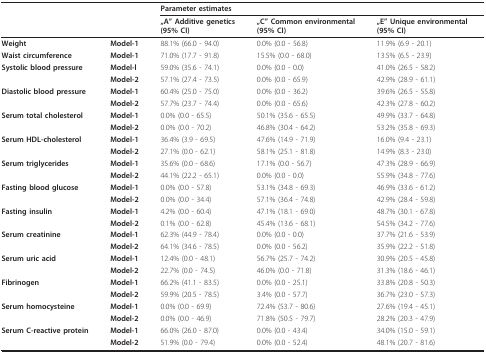
<table><thead><tr><td></td><td></td><td colspan="3"><b>Parameter estimates</b></td></tr><tr><td></td><td></td><td><b>„A&quot; Additive genetics(95% CI)</b></td><td><b>„C&quot; Common environmental(95% CI)</b></td><td><b>„E&quot; Unique environmental(95% CI)</b></td></tr></thead><tbody><tr><td><b>Weight</b></td><td><b>Model-1</b></td><td>88.1% (66.0 - 94.0)</td><td>0.0% (0.0 - 56.8)</td><td>11.9% (6.9 - 20.1)</td></tr><tr><td><b>Waist circumference</b></td><td><b>Model-1</b></td><td>71.0% (17.7 - 91.8)</td><td>15.5% (0.0 - 68.0)</td><td>13.5% (6.5 - 23.9)</td></tr><tr><td><b>Systolic blood pressure</b></td><td><b>Model-l</b></td><td>59.0% (35.6 - 74.1)</td><td>0.0% (0.0 - 0.0)</td><td>41.0% (26.5 - 58.2)</td></tr><tr><td></td><td><b>Model-2</b></td><td>57.1% (27.4 - 73.5)</td><td>0.0% (0.0 - 65.9)</td><td>42.9% (28.9 - 61.1)</td></tr><tr><td><b>Diastolic blood pressure</b></td><td><b>Model-1</b></td><td>60.4% (25.0 - 75.0)</td><td>0.0% (0.0 - 36.2)</td><td>39.6% (26.5 - 55.8)</td></tr><tr><td></td><td><b>Model-2</b></td><td>57.7% (23.7 - 74.4)</td><td>0.0% (0.0 - 65.6)</td><td>42.3% (27.8 - 60.2)</td></tr><tr><td><b>Serum total cholesterol</b></td><td><b>Model-1</b></td><td>0.0% (0.0 - 65.5)</td><td>50.1% (35.6 - 65.5)</td><td>49.9% (33.7 - 64.8)</td></tr><tr><td></td><td><b>Model-2</b></td><td>0.0% (0.0 - 70.2)</td><td>46.8% (30.4 - 64.2)</td><td>53.2% (35.8 - 69.3)</td></tr><tr><td><b>Serum HDL-cholesterol</b></td><td><b>Model-1</b></td><td>36.4% (3.9 - 69.5)</td><td>47.6% (14.9 - 71.9)</td><td>16.0% (9.4 - 23.1)</td></tr><tr><td></td><td><b>Model-2</b></td><td>27.1% (0.0 - 62.1)</td><td>58.1% (25.1 - 81.8)</td><td>14.9% (8.3 - 23.0)</td></tr><tr><td><b>Serum triglycerides</b></td><td><b>Model-1</b></td><td>35.6% (0.0 - 68.6)</td><td>17.1% (0.0 - 56.7)</td><td>47.3% (28.9 - 66.9)</td></tr><tr><td></td><td><b>Model-2</b></td><td>44.1% (22.2 - 65.1)</td><td>0.0% (0.0 - 0.0)</td><td>55.9% (34.8 - 77.6)</td></tr><tr><td><b>Fasting blood glucose</b></td><td><b>Model-1</b></td><td>0.0% (0.0 - 57.8)</td><td>53.1% (34.8 - 69.3)</td><td>46.9% (33.6 - 61.2)</td></tr><tr><td></td><td><b>Model-2</b></td><td>0.0% (0.0 - 34.4)</td><td>57.1% (36.4 - 74.8)</td><td>42.9% (28.4 - 59.8)</td></tr><tr><td><b>Fasting insulin</b></td><td><b>Model-1</b></td><td>4.2% (0.0 - 60.4)</td><td>47.1% (18.1 - 69.0)</td><td>48.7% (30.1 - 67.8)</td></tr><tr><td></td><td><b>Model-2</b></td><td>0.1% (0.0 - 62.8)</td><td>45.4% (13.6 - 68.1)</td><td>54.5% (34.2 - 77.6)</td></tr><tr><td><b>Serum creatinine</b></td><td><b>Model-1</b></td><td>62.3% (44.9 - 78.4)</td><td>0.0% (0.0 - 0.0)</td><td>37.7% (21.6 - 53.9)</td></tr><tr><td></td><td><b>Model-2</b></td><td>64.1% (34.6 - 78.5)</td><td>0.0% (0.0 - 56.2)</td><td>35.9% (22.2 - 51.8)</td></tr><tr><td><b>Serum uric acid</b></td><td><b>Model-1</b></td><td>12.4% (0.0 - 48.1)</td><td>56.7% (25.7 - 74.2)</td><td>30.9% (20.5 - 45.8)</td></tr><tr><td></td><td><b>Model-2</b></td><td>22.7% (0.0 - 74.5)</td><td>46.0% (0.0 - 71.8)</td><td>31.3% (18.6 - 46.1)</td></tr><tr><td><b>Fibrinogen</b></td><td><b>Model-1</b></td><td>66.2% (41.1 - 83.5)</td><td>0.0% (0.0 - 25.1)</td><td>33.8% (20.8 - 50.3)</td></tr><tr><td></td><td><b>Model-2</b></td><td>59.9% (20.5 - 78.5)</td><td>3.4% (0.0 - 57.7)</td><td>36.7% (23.0 - 57.3)</td></tr><tr><td><b>Serum homocysteine</b></td><td><b>Model-1</b></td><td>0.0% (0.0 - 69.9)</td><td>72.4% (53.7 - 80.6)</td><td>27.6% (19.4 - 45.1)</td></tr><tr><td></td><td><b>Model-2</b></td><td>0.0% (0.0 - 46.9)</td><td>71.8% (50.5 - 79.7)</td><td>28.2% (20.3 - 47.9)</td></tr><tr><td><b>Serum C-reactive protein</b></td><td><b>Model-1</b></td><td>66.0% (26.0 - 87.0)</td><td>0.0% (0.0 - 43.4)</td><td>34.0% (15.0 - 59.1)</td></tr><tr><td></td><td><b>Model-2</b></td><td>51.9% (0.0 - 79.4)</td><td>0.0% (0.0 - 52.4)</td><td>48.1% (20.7 - 81.6)</td></tr></tbody></table>